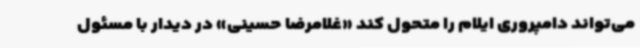
می‌تواند دامپروری ایلام را متحول کند «غلامرضا حسینی» در دیدار با مسئول